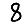
Digit: 8